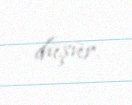
düşür.